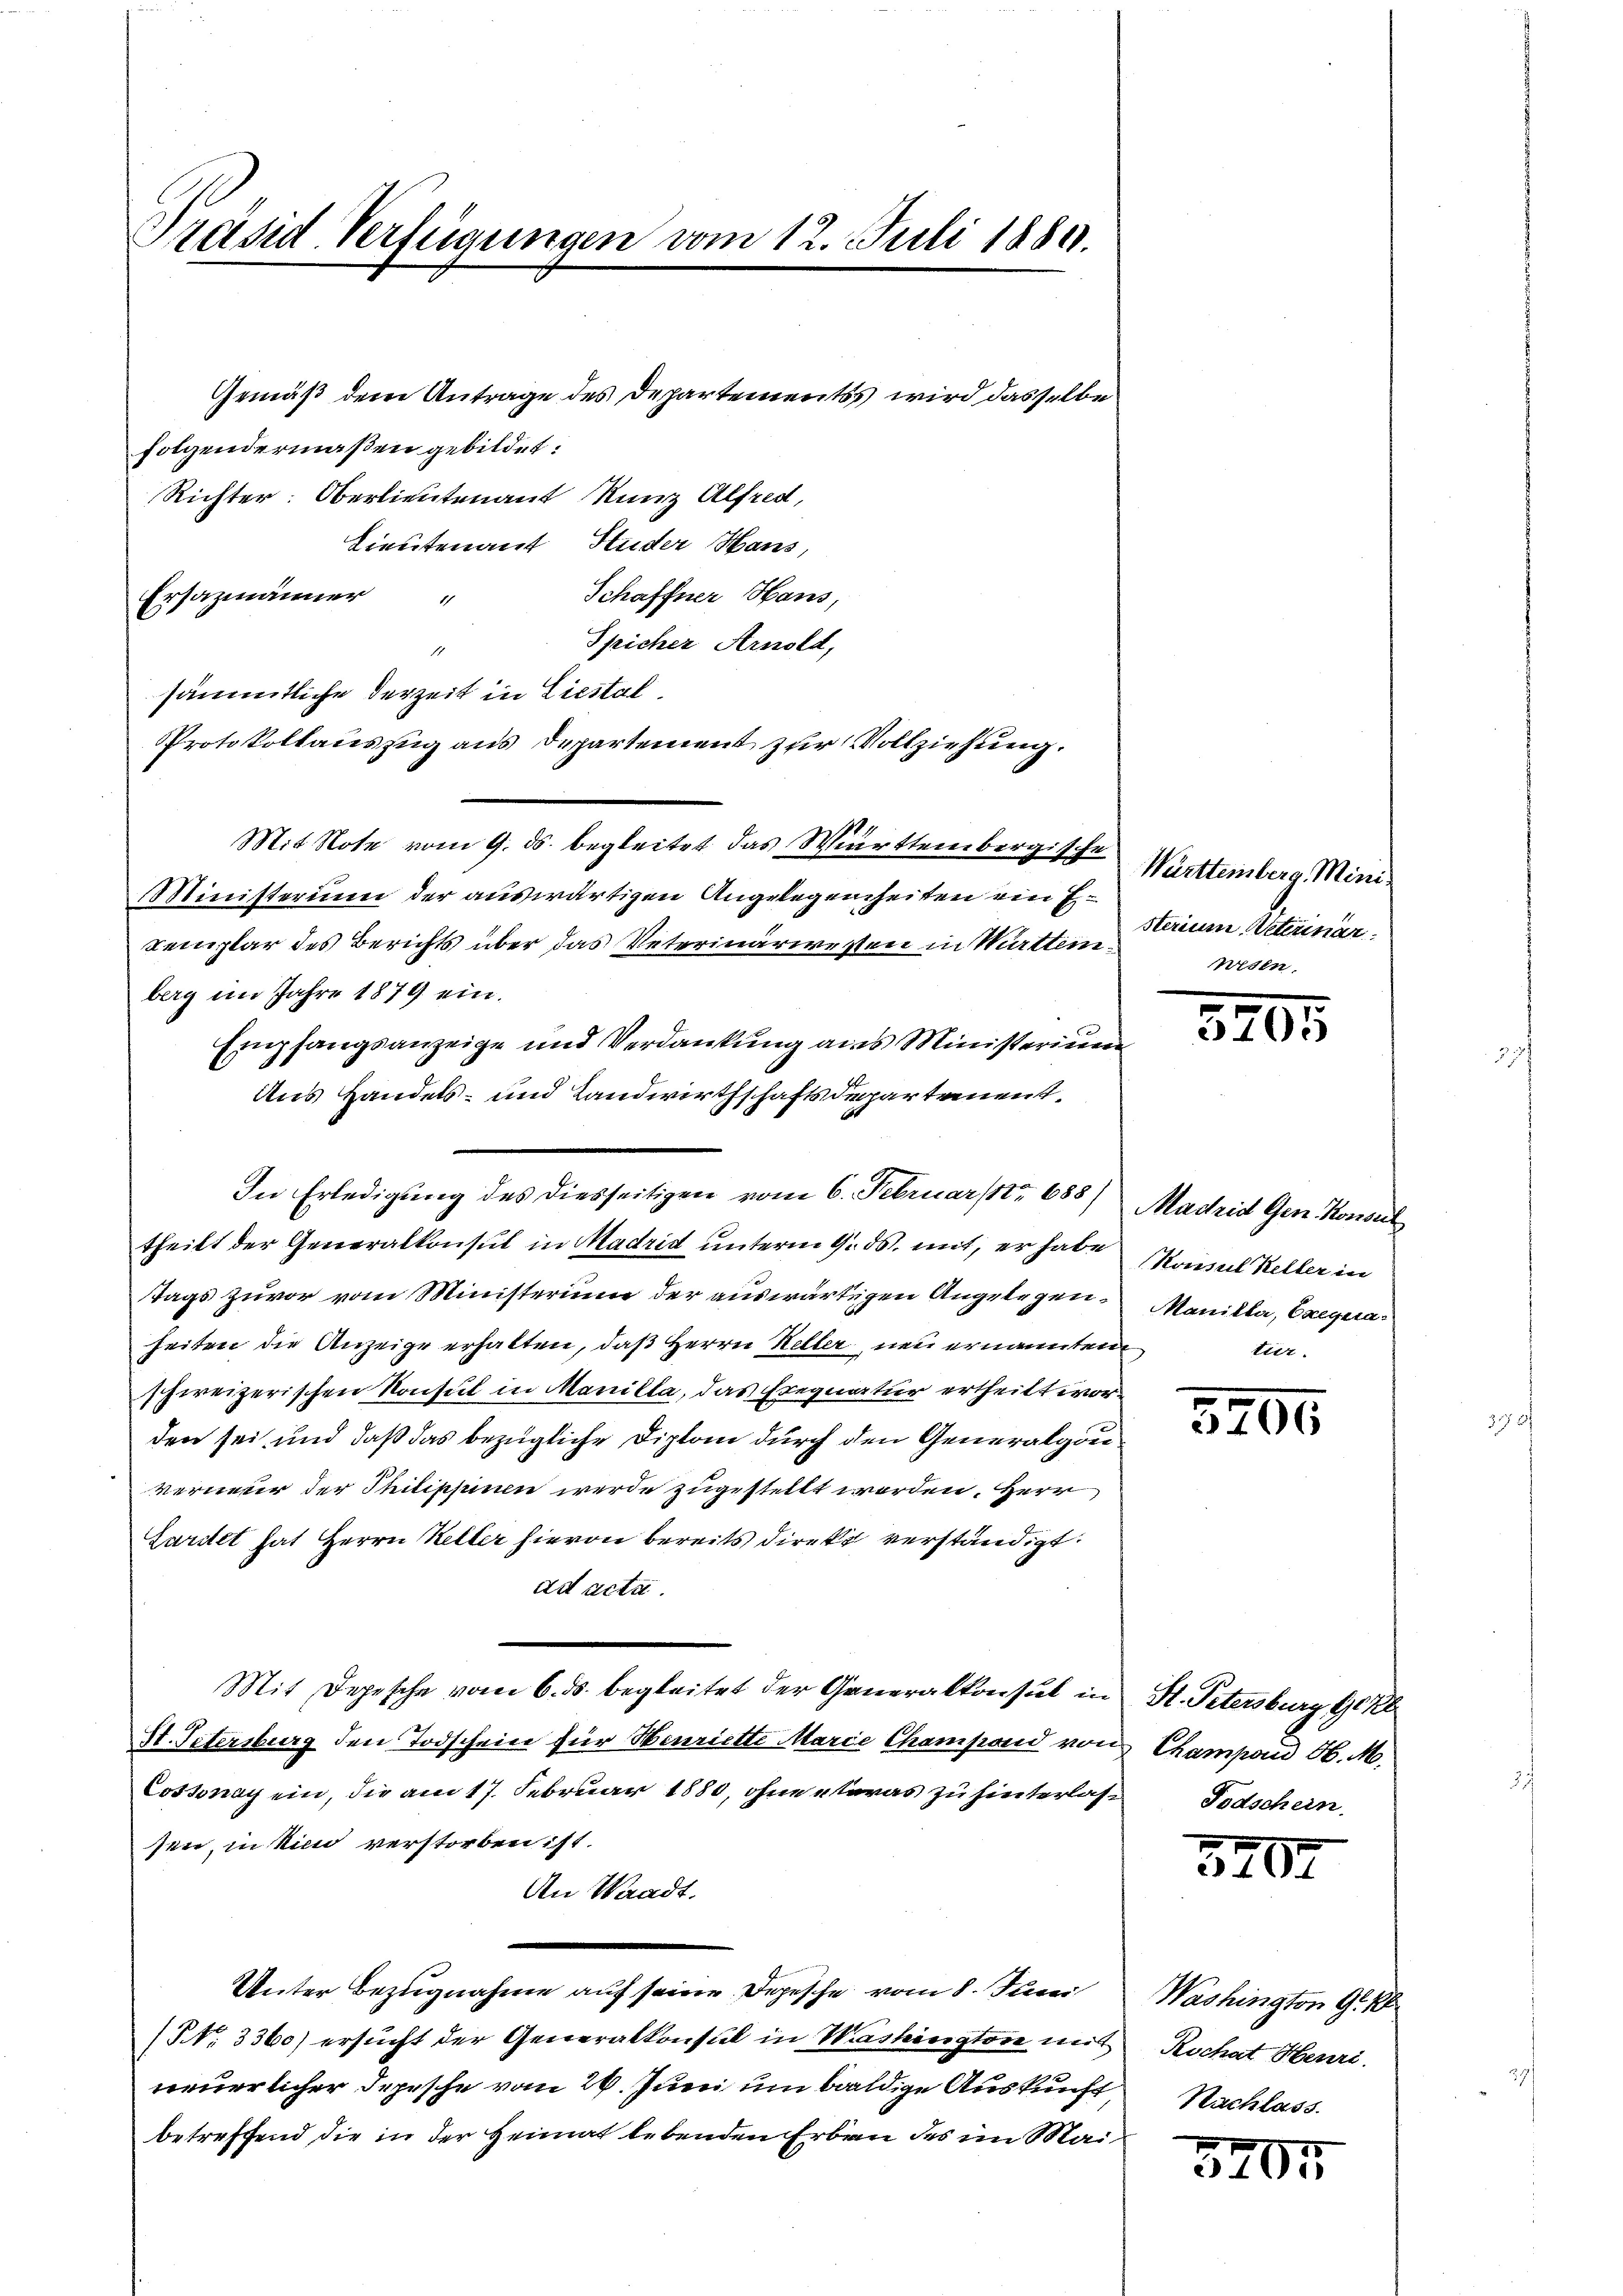
Präsid Verfügungen vom 12. Juli 1889.

folgendermaßen gebildet:
Richter: Oberlieutenant Kunz Alfred,
Lieutenant Huder Hans,
Schaffner Haus,
Ersazmänner
Spicher Arnold,
1
sämmtliche derzeit in Liestal¬
Protokollauszug aus Departement zur Vollziehung.
Mit Note vom 9. ds. begleitet das Württembergische
Ministerium der auswärtigen Angelegenheiten ein Exemplar des Berichts über das Veterinäriesten in Württemn
berg im Jahre 1879 ein.
theilt der Generalkonsul in Madrid unterm 9. ds. mit, er habe
Tags zuvor vom Ministerium der auswärtigen Angelegenheiten die Anzeige erhalten, daß Herrn Heller, neu ernannten
schweizerischen Konsul in Manilla, das Frequatur ertheilt worden sei und daß das bezügliche Diplom durch den Generalgou
verneur der Philippin werde zugestellt werden. Herr
Saritet hat Herrn Keller hievon bereits direkt verständigt.
ad acta.
Mit Depesche vom 6. ds. begleitet der Generalkonsul in St. Petersburg 902
St. Petersburg den Todscheine für Henriette Marie Champond von Champan H. M.
Cossonay ein, die am 17. Februar 1880, ohne etwas zu hinterlas Todschein
see, in die verstorben ist.
An Waadt.
Unter Bezugnahme auf seine Depesche vom 8. Juni
(NNo. 3360) ersŭcht der Generalkonsul in Washington mit Rochat Henri
neuerlicher Depesche vom 26. Juni um baldige Auskunft Nachlass
betreffend die in der Heimat lebenden Erben des im Mai¬

Empfangsanzeige und Verdankung aus Ministerium
Aus Handels- und Landwirthschaftsdepartement,
In Erledigung des diesseitigen vom 6. Februar 1r 685) Madrid Gen. Konsul

Gemäß dem Antrage des Departementss wird dasselbe

Württemberg. Ministerium Veterinär

320

Konsul Keller in
Manille, Exequa
tier

3200

3200

Washington G. 18

5205